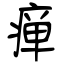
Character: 瘅